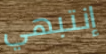
إنتبهي